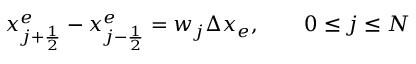
x _ { j + \frac { 1 } { 2 } } ^ { e } - x _ { j - \frac { 1 } { 2 } } ^ { e } = w _ { j } \Delta x _ { e } , \qquad 0 \le j \le N